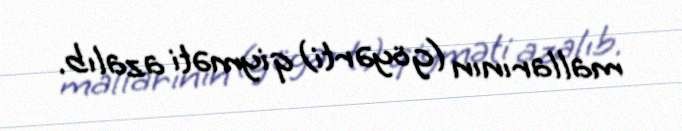
mallarının (göyərti) qiyməti azalıb.